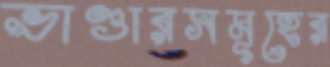
ভাণ্ডারসমূহের